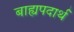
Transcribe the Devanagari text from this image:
बाह्यपदार्थ